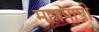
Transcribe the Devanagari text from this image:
महापापी